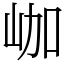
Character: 𡶐